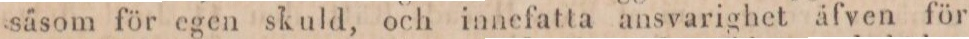
såsom för egen skuld, och innefatta ansvarighet äfven för